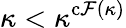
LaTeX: \kappa<\kappa^{\operatorname{c\mathcal{F}}(\kappa)}